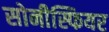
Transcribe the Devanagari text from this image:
सोनीस्फियर